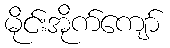
မိုင်းအိုက်ကျော်